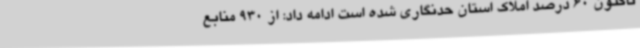
تاکنون 60 درصد املاک استان حدنگاری شده است ادامه داد: از 930 منابع